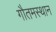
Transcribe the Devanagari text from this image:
गौतमस्थान